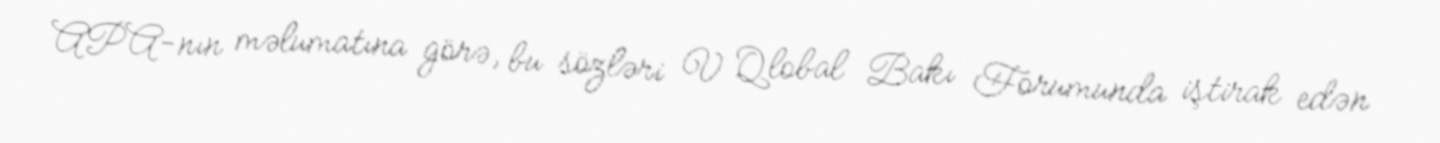
APA-nın məlumatına görə, bu sözləri V Qlobal Bakı Forumunda iştirak edən